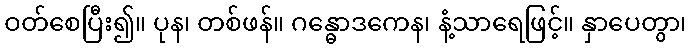
ဝတ်စေပြီး၍။ ပုန၊ တစ်ဖန်။ ဂန္ဓောဒကေန၊ နံ့သာရေဖြင့်။ နှာပေတွာ၊